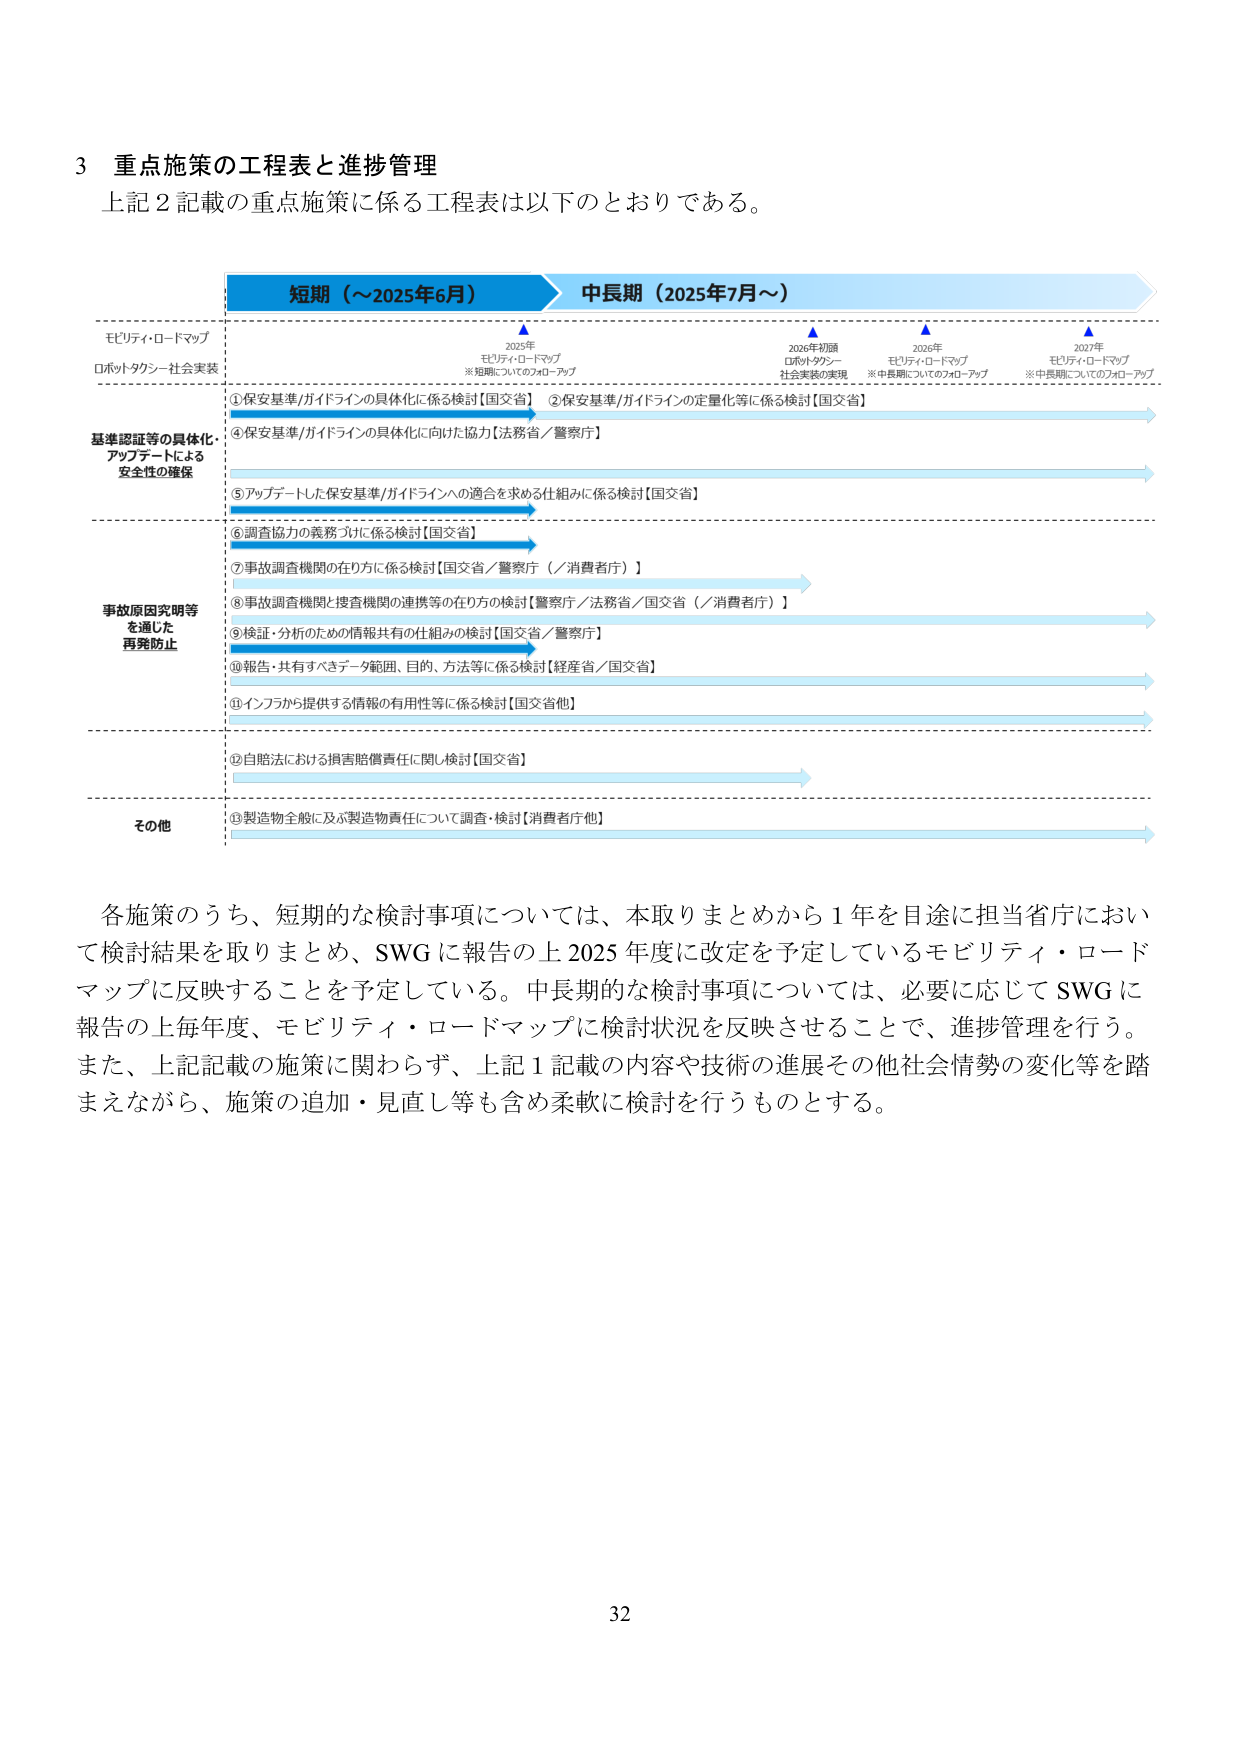
3 重点施策の工程表と進捗管理
上記2記載の重点施策に係る工程表は以下のとおりである。

短期（～2025年6月） 中長期（2025年7月～）

モビリティ・ロードマップ
ロボットタクシー社会実装

2025年
モビリティ・ロードマップ
※短期についてのフォローアップ

2026年初頭
ロボットタクシー
社会実装の実現

2026年
モビリティ・ロードマップ
※中長期についてのフォローアップ

2027年
モビリティ・ロードマップ
※中長期についてのフォローアップ

基準認証等の具体化・
アップデートによる
安全性の確保

①保安基準/ガイドラインの具体化に係る検討【国交省】
②保安基準/ガイドラインの定量化等に係る検討【国交省】
④保安基準/ガイドラインの具体化に向けた協力【法務省／警察庁】
⑤アップデートした保安基準/ガイドラインへの適合を求める仕組みに係る検討【国交省】

事故原因究明等
を通じた
再発防止

⑥調査協力の義務づけに係る検討【国交省】
⑦事故調査機関の在り方に係る検討【国交省／警察庁（／消費者庁）】
⑧事故調査機関と捜査機関の連携等の在り方の検討【警察庁／法務省／国交省（／消費者庁）】
⑨検証・分析のための情報共有の仕組みの検討【国交省／警察庁】
⑩報告・共有すべきデータ範囲、目的、方法等に係る検討【経産省／国交省】
⑪インフラから提供する情報の有用性等に係る検討【国交省他】

その他

⑫自賠法における損害賠償責任に関し検討【国交省】
⑬製造物全般に及ぶ製造物責任について調査・検討【消費者庁他】

各施策のうち、短期的な検討事項については、本取りまとめから1年を目途に担当省庁において検討結果を取りまとめ、SWGに報告の上2025年度に改定を予定しているモビリティ・ロードマップに反映することを予定している。中長期的な検討事項については、必要に応じてSWGに報告の上毎年度、モビリティ・ロードマップに検討状況を反映させることで、進捗管理を行う。また、上記記載の施策に関わらず、上記1記載の内容や技術の進展その他社会情勢の変化等を踏まえながら、施策の追加・見直し等も含め柔軟に検討を行うものとする。

32